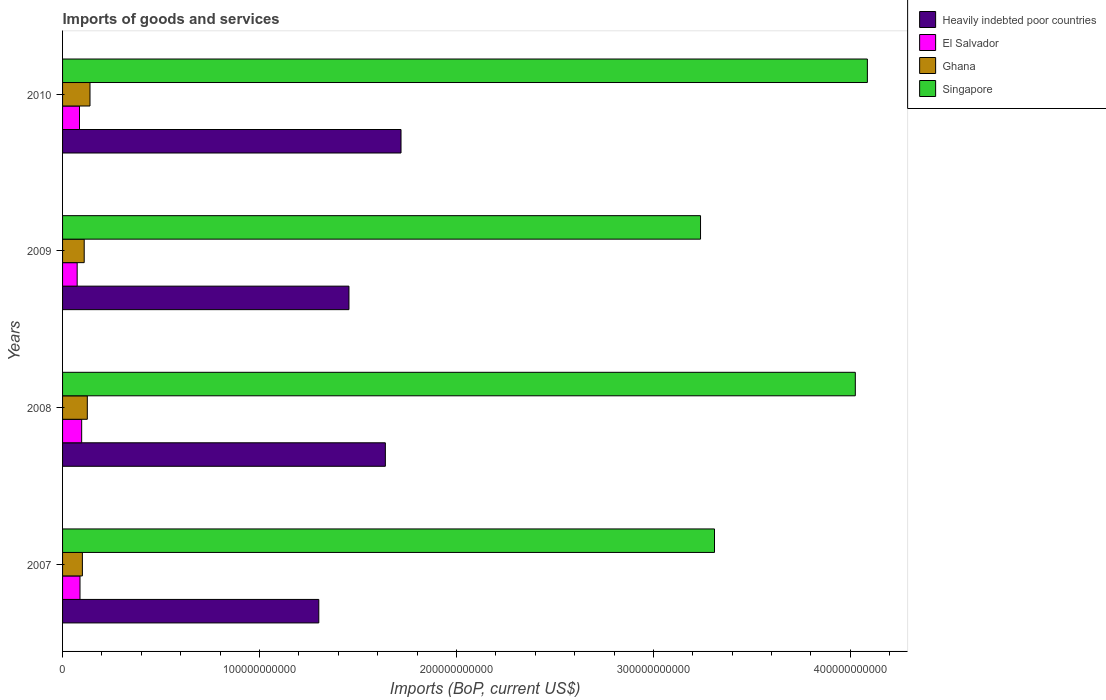
| Years | Heavily indebted poor countries | El Salvador | Ghana | Singapore |
 | --- | --- | --- | --- | --- |
 | 2007 | 1.3e+11 | 8.86e+09 | 1.01e+10 | 3.31e+11 |
 | 2008 | 1.64e+11 | 9.7e+09 | 1.26e+10 | 4.03e+11 |
 | 2009 | 1.45e+11 | 7.41e+09 | 1.1e+10 | 3.24e+11 |
 | 2010 | 1.72e+11 | 8.6e+09 | 1.39e+10 | 4.09e+11 |